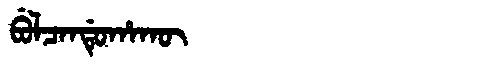
Manchu: ᠪᡠᠯᠴᠠᠨᡩᡠᡥᠠᡴᡡ
Romanization: BULCANDUHAKŪ